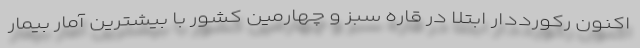
اکنون رکورددار ابتلا در قاره سبز و چهارمین کشور با بیشترین آمار بیمار